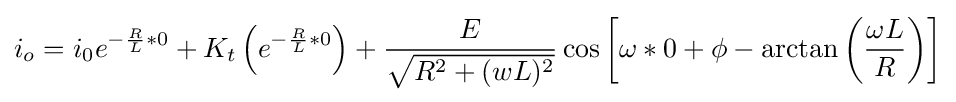
i_{o}=i_{0}e^{-{\frac {R}{L}}*0}+K_{t}\left(e^{-{\frac {R}{L}}*0}\right)+{\frac {E}{\sqrt {{R^{2}}+{(wL)^{2}}}}}\cos \left[\omega *0+\phi -\arctan \left({\frac {\omega L}{R}}\right)\right]